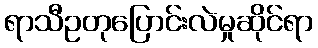
ရာသီဥတုပြောင်းလဲမှုဆိုင်ရာ